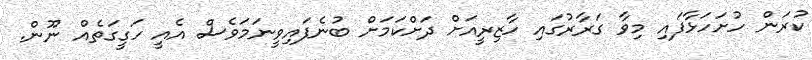
ކުރަން ހުށަހަޅާފައި މިވާ ގަރާރުގައި ހާޒިރީއަށް ދަށްކަމަށް ބުނެފައިވީނަމަވެސް އެއީ ހަގީގަތެއް ނޫން.